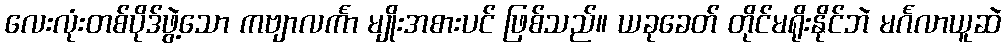
လေးလုံးတစ်ပိုဒ်ဖွဲ့သော ကဗျာလင်္ကာ မျိုးအစားပင် ဖြစ်သည်။ ယခုခေတ် တိုင်မရိုးနိုင်ဘဲ မင်္ဂလာယူဆဲ